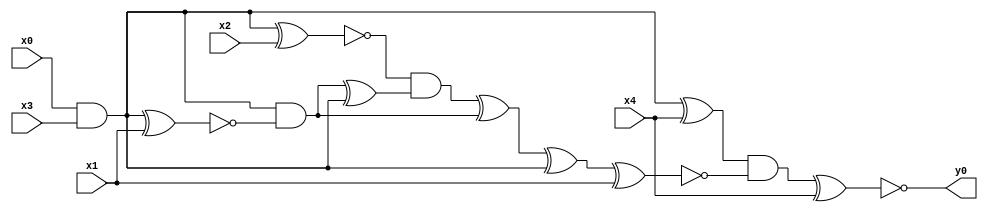
module top( x0 , x1 , x2 , x3 , x4 , y0 );
  input x0 , x1 , x2 , x3 , x4 ;
  output y0 ;
  wire n6 , n7 , n8 , n9 , n10 , n11 , n12 , n13 , n14 , n15 , n16 , n17 ;
  assign n6 = x0 & x3 ;
  assign n7 = n6 ^ x4 ;
  assign n8 = n6 ^ x2 ;
  assign n9 = n6 ^ x1 ;
  assign n10 = n6 & ~n9 ;
  assign n11 = n10 ^ n6 ;
  assign n12 = ~n8 & n11 ;
  assign n13 = n12 ^ n10 ;
  assign n14 = n13 ^ n6 ;
  assign n15 = n14 ^ x1 ;
  assign n16 = n7 & ~n15 ;
  assign n17 = n16 ^ x4 ;
  assign y0 = ~n17 ;
endmodule